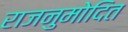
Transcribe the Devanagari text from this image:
राजनुमोदित